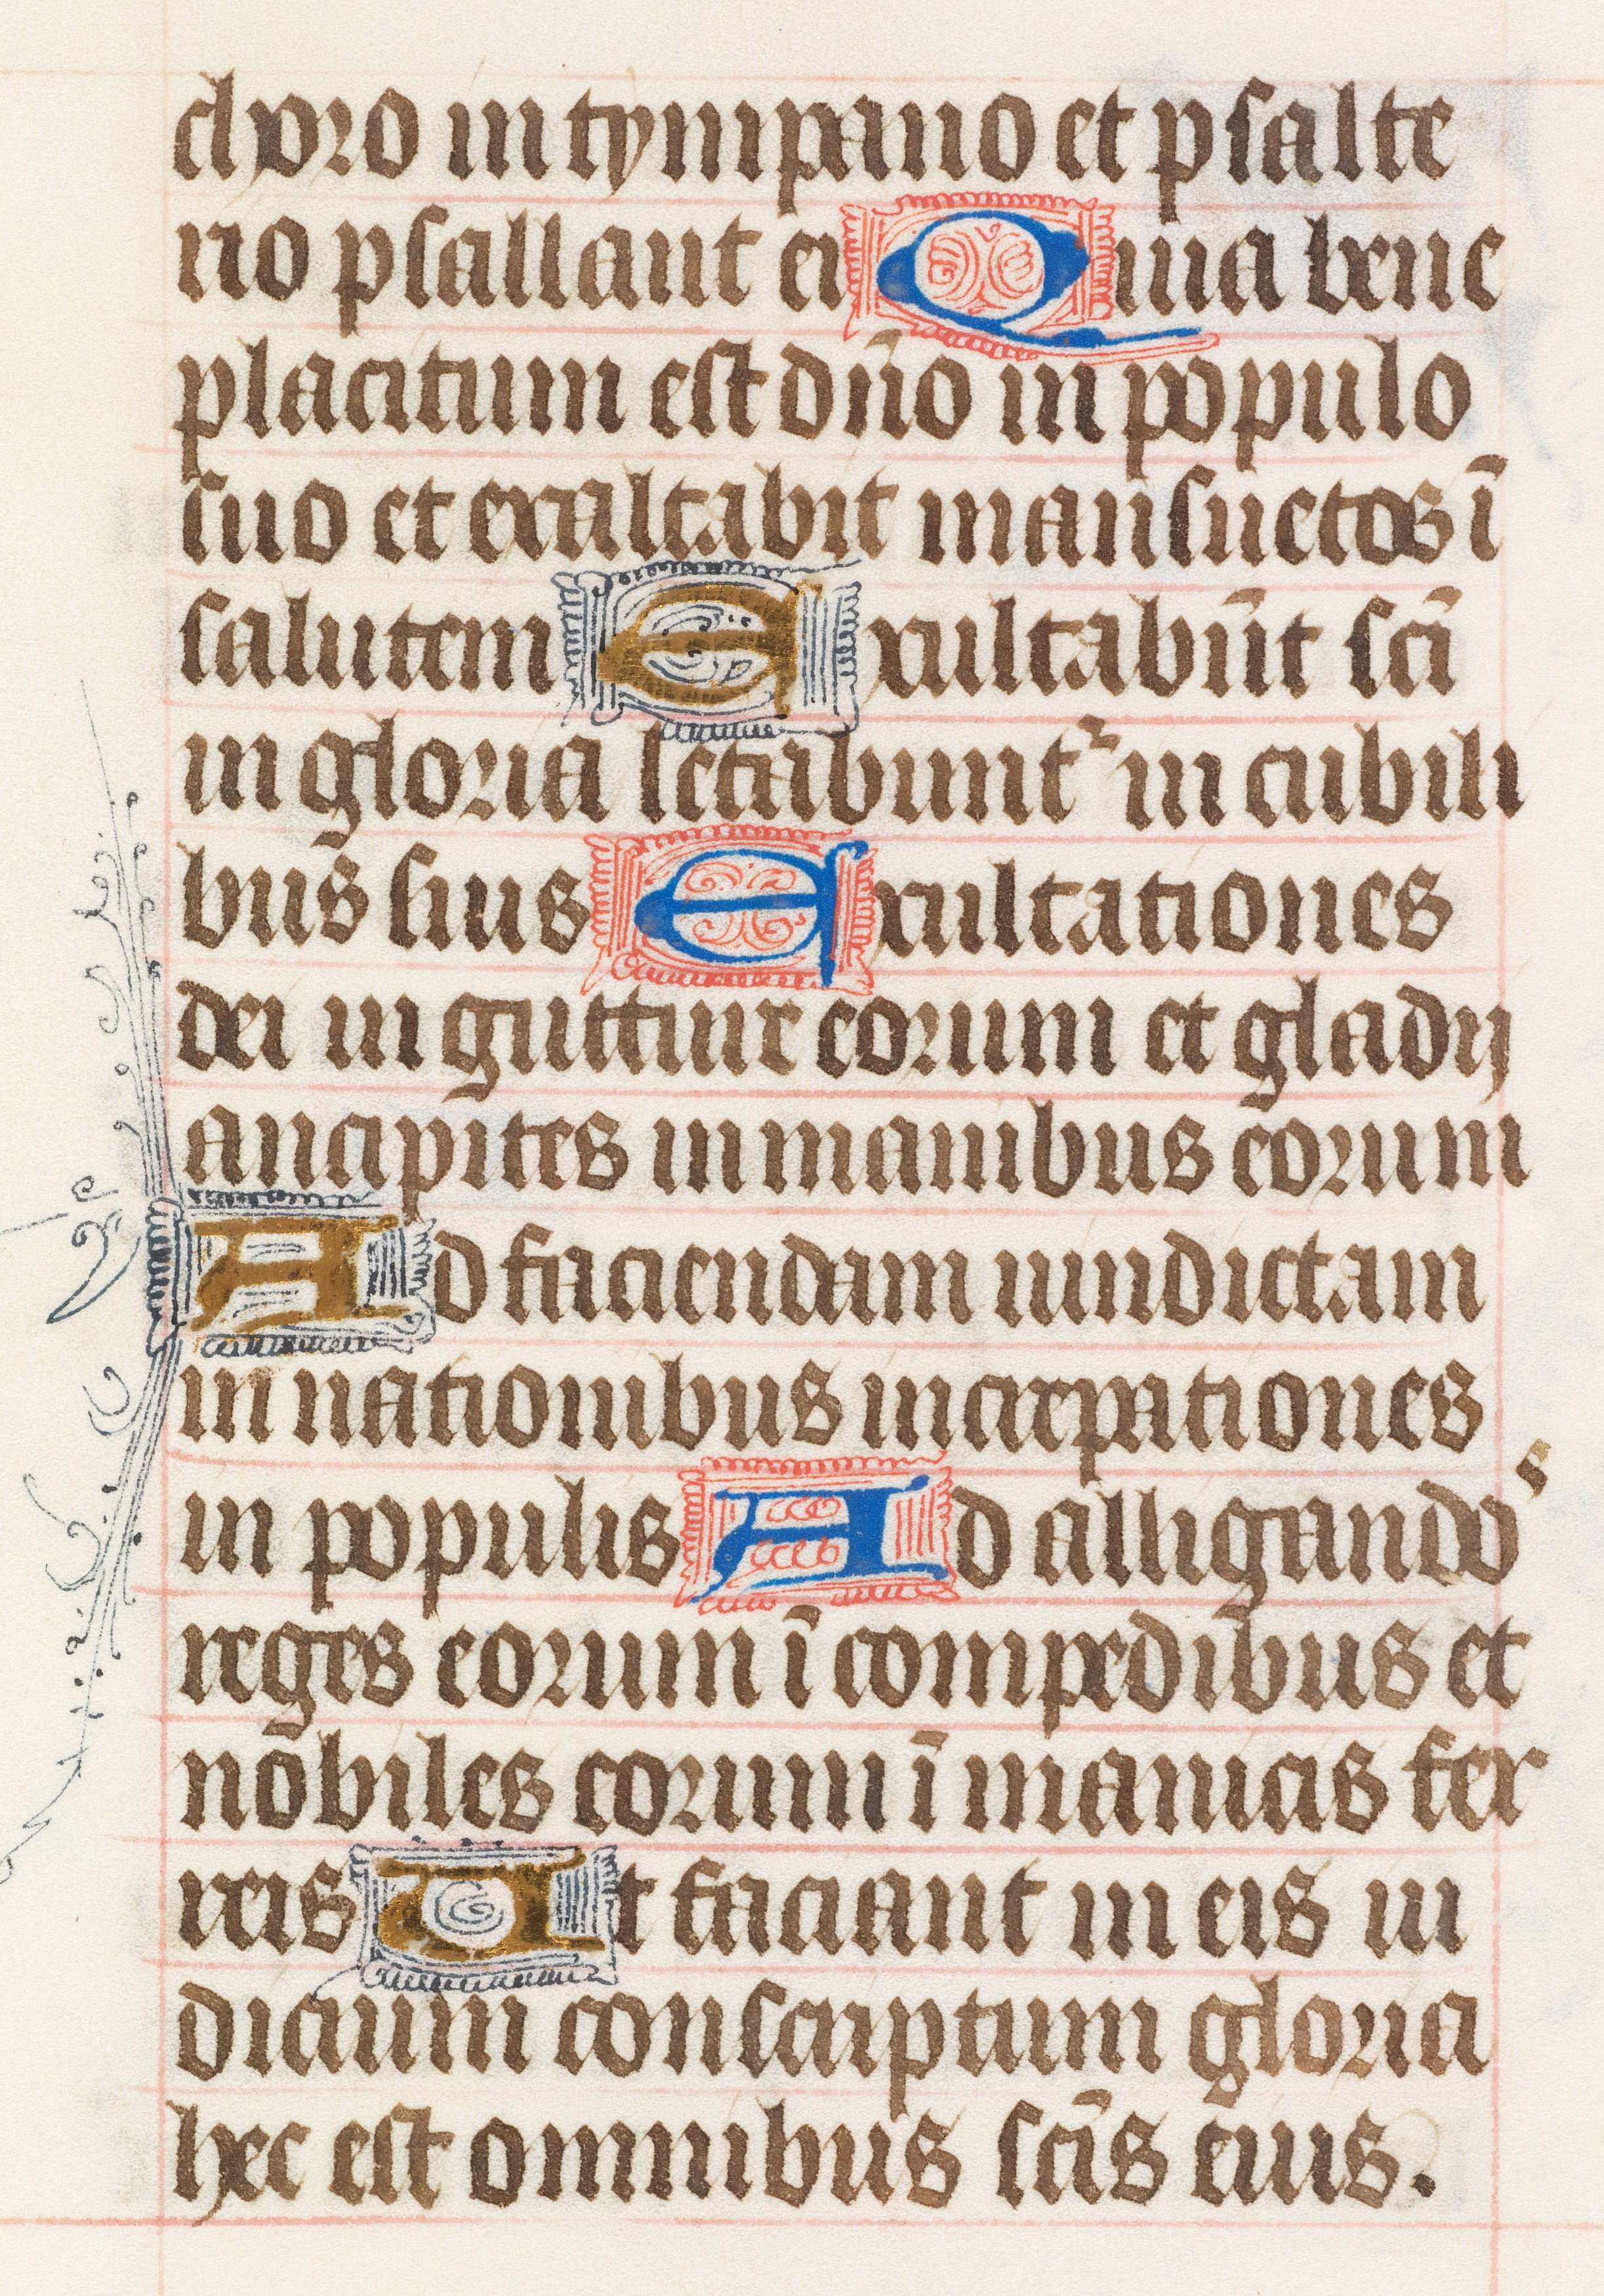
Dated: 1425–1465